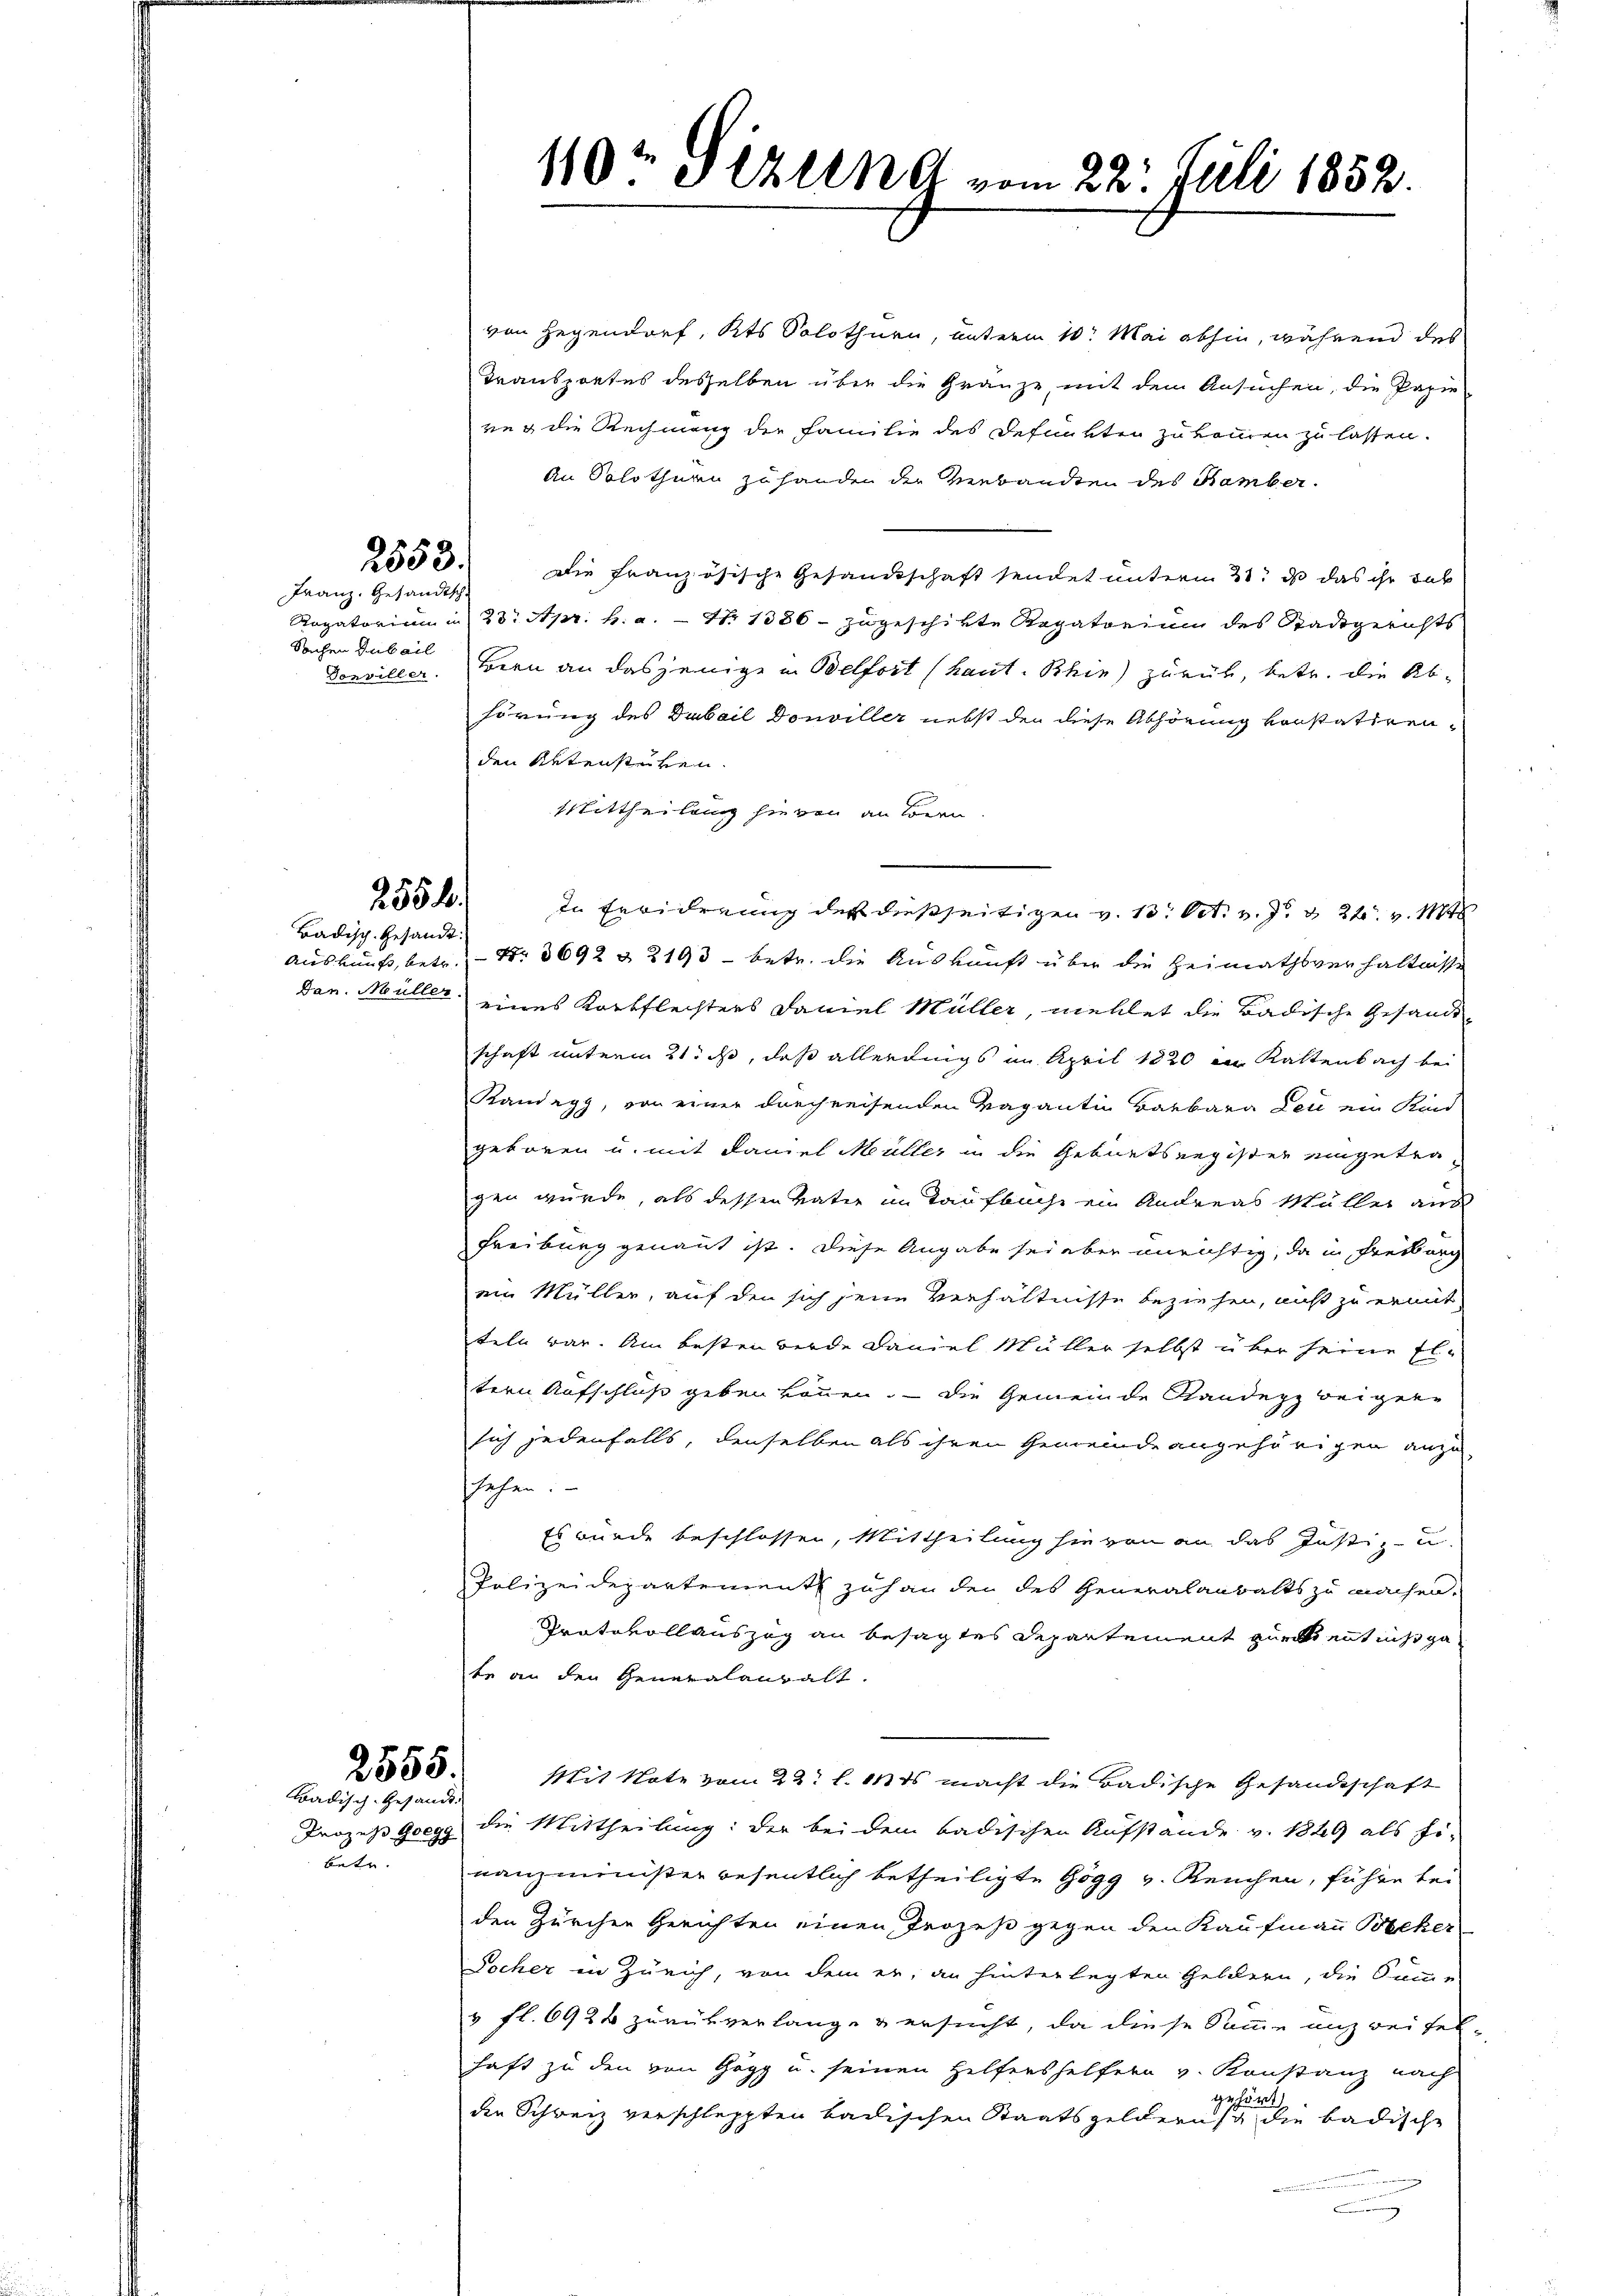
von Gegendorf, Kts Solothurn, unterm 10. Mai abhin, während des
Transportes desselben über die Gränze, mit dem Ansuchen, die Papie
rug die Rechnung der Familie des Defunkten zukommen zu lassen.
An Solothurn zu handen der Verbandten des Hamber.
Die Französische Gesandtschaft sendet unterm 21. ds das ihr dab
Rogatorium in 23. Apr. h. a. — Nr 1386 - zugeschikte Regatorium des Stadtgerichts
Donviller. Bern an dasjenige in Belfort (kant. Schin) zurück, betr. die Abhörung des Dubail Douviller nebst den diese Abhörung vonstatirenden Aktenstüken.
tittheilung hievon an Bern.
In Erwiderung des dießseitigen v. 13. Oct. v. J. d. 24. v. Mts
Auskunft, betr. Nr. 3692 § 2193 - betr. die Auskunst über die Heimathsverhältnisse
Dan. Müller eines Korbflechters Faniel Müller, mehlet die Badische Gesandt-
schaft unterm 21. ist, daß allerdings im April 1820 in Kattenbach bei
Kandegg, von einer durchreisenden Vagantin Barbara Leu ein Kind
geboren u. mit Faniel Müller in die Geburtsregister eingetra
gen würde, als dessen vater in Taufbuche ein Andreas Müller aus
Freiburg genannt ist. Diese Angabe sei aber unrichtig, da in Freiburg
ein Müller, auf den sich jene Verhältnisse beziehen, nicht zu ermit
teln war. Am besten werde Faniel Müller selbst über seine Eltern Aufschluß geben können. — Die Gemeinde Randepp weigene
sich jedenfalls, denselben als ihren Gemeinde angehörigen anzu-
sehen.
Es wurde beschlossen, Mittheilung hievon an das Justiz- u.
Polizeidepartement zuhanden des Generalanwalts zu machen.
Protokollauszug an besagtes Departement purck ent nicht ga
te an den Generalanwalt.
Mit Note vom 22t l. Mts. macht die Badische Gesandtschaft
Prozess Goegg die Mittheilung: der bei dem badischen Aufstande v. 1849 als Fi-
nanzminister wesentlich betheiligte Gögg v. Reichen, führe bei-
den Zürchen Gerichten einen Prozeß gegen den Kaufmann Becker
Locher in Zürich, von dem er, an hinterlegten Geldern, die Summe
v fl. 6924 zurükverlange & ersucht, da diese Samme unzweifel-
haft zu den von Göpp u. seinen Helfershelfern v. Konstanz nach
gehört
die Schweiz verschleppten badischen Staatsgeldernsch die badische
.

2553.

Franz. Gesandtsch.
Sachen Dubail

2554.
Badisch. Gesandt.

betr.

2555.
Badisch-Gesandt.

110t Seling vom 22. Juli 1852.